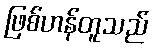
ဖြစ်ဟန်တူသည်